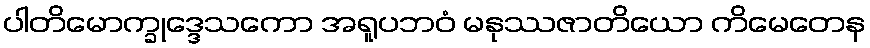
ပါတိမောက္ခုဒ္ဒေသကော အရူပဘဝံ မနုဿဇာတိယော ကိမေတေန